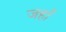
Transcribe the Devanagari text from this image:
जहाँं